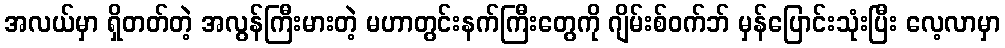
အလယ်မှာ ရှိတတ်တဲ့ အလွန်ကြီးမားတဲ့ မဟာတွင်းနက်ကြီးတွေကို ဂျိမ်းစ်ဝက်ဘ် မှန်ပြောင်းသုံးပြီး လေ့လာမှာ